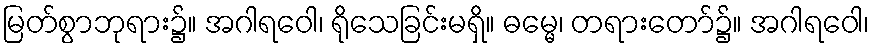
မြတ်စွာဘုရား၌။ အဂါရဝေါ၊ ရိုသေခြင်းမရှိ။ ဓမ္မေ၊ တရားတော်၌။ အဂါရဝေါ၊